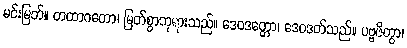
မင်းမြတ်။ တထာဂတော၊ မြတ်စွာဘုရားသည်။ ဒေဝဒတ္တော၊ ဒေဝဒတ်သည်။ ပဗ္ဗဇိတွာ၊